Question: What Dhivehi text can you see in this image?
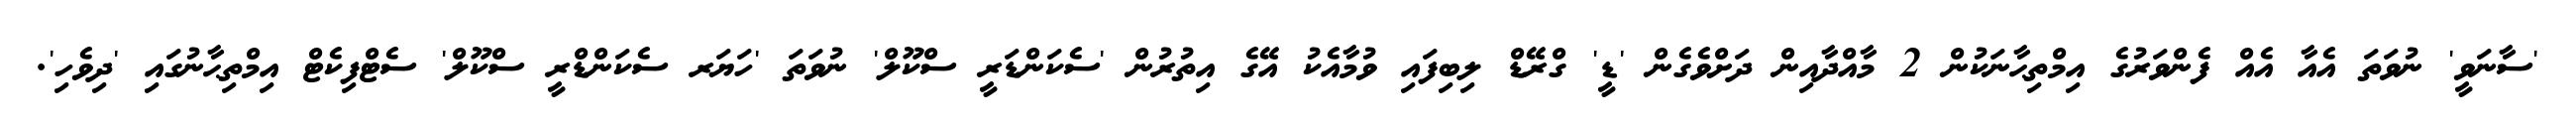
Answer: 'ސާނަވީ' ނުވަތަ އެއާ އެއް ފެންވަރުގެ އިމްތިޙާނަކުން 2 މާއްދާއިން ދަށްވެގެން 'ޑީ' ގްރޭޑް ލިބިފައި ވުމާއެކު އޭގެ އިތުރުން 'ސެކަންޑަރީ ސްކޫލް' ނުވަތަ 'ހަޔަރ ސެކަންޑްރީ ސްކޫލް' ސެޓްފިކެޓް އިމްތިޙާނުގައި 'ދިވެހި'.